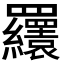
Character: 𦍆